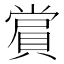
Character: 𮚑